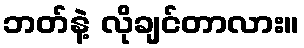
ဘတ်နဲ့ လိုချင်တာလား။